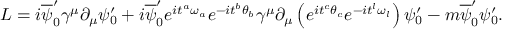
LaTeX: L = i \overline { { { \psi } } } _ { 0 } ^ { \prime } { \gamma } ^ { \mu } { \partial } _ { \mu } { \psi } _ { 0 } ^ { \prime } + i \overline { { { \psi } } } _ { 0 } ^ { \prime } e ^ { i { t } ^ { a } { \omega } _ { a } } e ^ { - i { t } ^ { b } { \theta } _ { b } } { \gamma } ^ { \mu } \partial _ { \mu } \left( e ^ { i { t } ^ { c } { \theta } _ { c } } e ^ { - i { t } ^ { l } { \omega } _ { l } } \right) { \psi } _ { 0 } ^ { \prime } - m \overline { { { \psi } } } _ { 0 } ^ { \prime } { \psi } _ { 0 } ^ { \prime } .